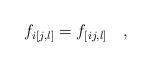
LaTeX: \begin{align*}f_{i[j,l]}=f_{[ij,l]} \quad , \end{align*}